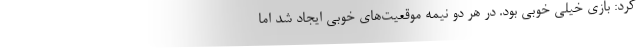
کرد: بازی خیلی خوبی بود. در هر دو نیمه موقعیت‌های خوبی ایجاد شد اما